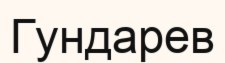
Гундарев